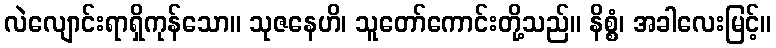
လဲလျောင်းရာရှိကုန်သော။ သုဇနေဟိ၊ သူတော်ကောင်းတို့သည်။ နိစ္စံ၊ အခါလေးမြင့်။